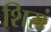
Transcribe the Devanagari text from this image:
शिसं